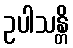
ဥပါသန္တိ